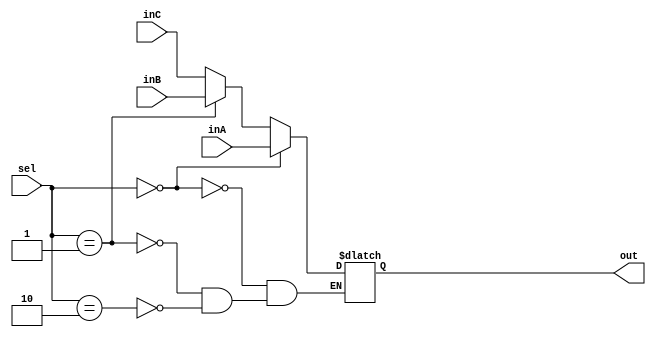
`timescale 1ns / 1ps
//////////////////////////////////////////////////////////////////////////////////
// Company: 
// Engineer: 
// 
// Design Name: 
// Module Name: Mux32Bit3To1
// Project Name: 
// Target Devices: 
// Tool Versions: 
// Description: 
// 
// Dependencies: 
// 
// Revision:
// Revision 0.01 - File Created
// Additional Comments:
// 
//////////////////////////////////////////////////////////////////////////////////


module Mux32Bit3To1(out, inA, inB, inC, sel);

    output reg [31:0] out;
    
    input [31:0] inA;
    input [31:0] inB, inC;
    input [1:0] sel;

    always @(*)
    begin
        if (sel == 2'b0)
        begin
            out <= inA;
        end
        else if (sel == 2'b01)
        begin
            out <= inB;
        end
        else if (sel == 2'b10)
        begin
            out <= inC;
        end
    end
endmodule